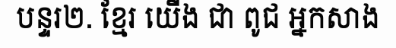
បន្ទរ២. ខ្មែរ យើង ជា ពូជ អ្នកសាង